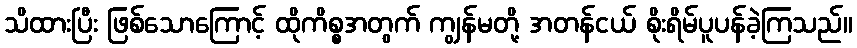
သိထားပြီး ဖြစ်သောကြောင့် ထိုကိစ္စအတွက် ကျွန်မတို့ အတန်ငယ် စိုးရိမ်ပူပန်ခဲ့ကြသည်။